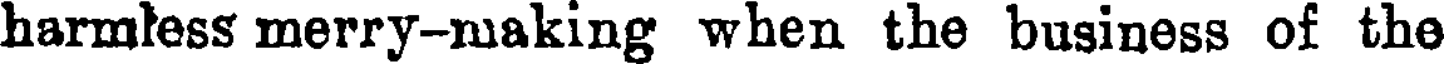
harmless merry-making when the business of the